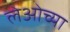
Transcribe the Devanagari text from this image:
लेओच्या